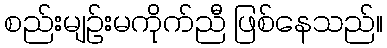
စည်းမျဉ်းမကိုက်ညီ ဖြစ်နေသည်။